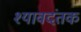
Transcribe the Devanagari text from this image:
श्यावदंतक